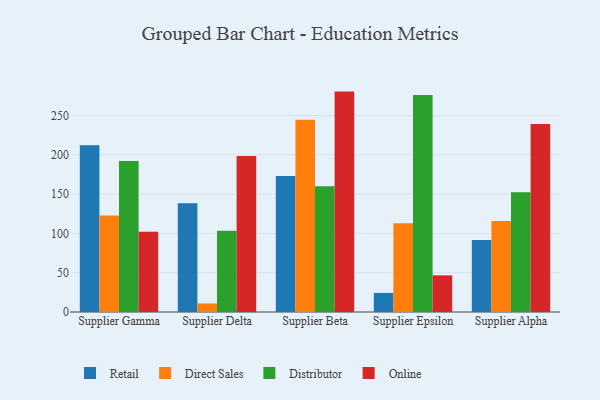
{"axis": {"x": "Supplier", "y": "Customer Acquisition Cost (USD)"}, "legend": ["Direct Sales", "Distributor", "Online", "Retail"], "data": [{"x": "Supplier Gamma", "y": 212.1, "type": "Retail"}, {"x": "Supplier Gamma", "y": 122.7, "type": "Direct Sales"}, {"x": "Supplier Gamma", "y": 192.2, "type": "Distributor"}, {"x": "Supplier Gamma", "y": 102.0, "type": "Online"}, {"x": "Supplier Delta", "y": 138.5, "type": "Retail"}, {"x": "Supplier Delta", "y": 10.9, "type": "Direct Sales"}, {"x": "Supplier Delta", "y": 103.4, "type": "Distributor"}, {"x": "Supplier Delta", "y": 198.6, "type": "Online"}, {"x": "Supplier Beta", "y": 173.2, "type": "Retail"}, {"x": "Supplier Beta", "y": 244.6, "type": "Direct Sales"}, {"x": "Supplier Beta", "y": 160.0, "type": "Distributor"}, {"x": "Supplier Beta", "y": 280.5, "type": "Online"}, {"x": "Supplier Epsilon", "y": 24.3, "type": "Retail"}, {"x": "Supplier Epsilon", "y": 113.1, "type": "Direct Sales"}, {"x": "Supplier Epsilon", "y": 276.3, "type": "Distributor"}, {"x": "Supplier Epsilon", "y": 46.6, "type": "Online"}, {"x": "Supplier Alpha", "y": 91.6, "type": "Retail"}, {"x": "Supplier Alpha", "y": 115.9, "type": "Direct Sales"}, {"x": "Supplier Alpha", "y": 152.4, "type": "Distributor"}, {"x": "Supplier Alpha", "y": 239.3, "type": "Online"}]}